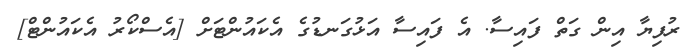
ރުފިޔާ އިން ގަތް ފައިސާ. އެ ފައިސާ އަޅުގަނޑުގެ އެކައުންޓަށް [އެސްކޯރު އެކައުންޓް]